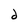
Character: d